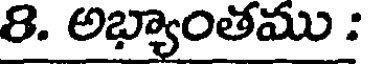
8. అభ్యాంతము :